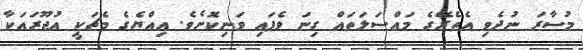
މުސާރަ ނުދެވި އެތެރޭގެ މައްސަލަތައް ގިނަ ވެފައި ވަނިިކޮށެވެ. އިއްޔެގެ މެޗަކީ އުޖޫރައަކާ